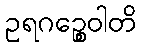
ဥရဂဉ္စေဝါတိ